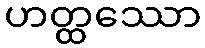
ဟတ္ထဿော